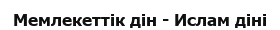
Мемлекеттік дін - Ислам діні